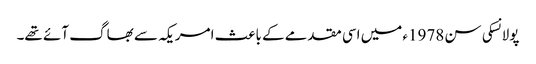
پولانسکی سن 1978ء میں اسی مقدمے کے باعث امریکہ سے بھاگ آئے تھے۔